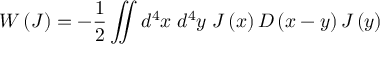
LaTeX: W \left( J \right) = - { \frac { 1 } { 2 } } \iint d ^ { 4 } x \; d ^ { 4 } y \; J \left( x \right) D \left( x - y \right) J \left( y \right)